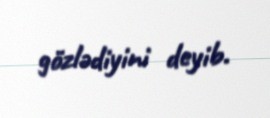
gözlədiyini deyib.